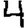
Digit: 4